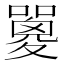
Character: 𡂇